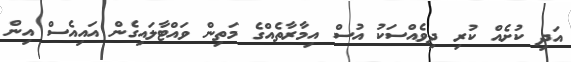
އަދި ކުށެއް ކުރި ދިވެއްސަކު އުސް އިމާރާތެއްގެ މަތިން ވައްޓާލައިގެން އައިއެސް އިން